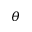
\theta